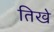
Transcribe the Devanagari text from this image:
तिखे